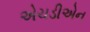
એચડીએન